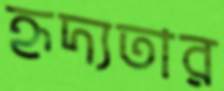
হৃদ্যতার